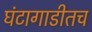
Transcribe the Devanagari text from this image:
घंटागाडीतच